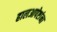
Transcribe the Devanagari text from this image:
हालआपेष्टांना